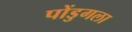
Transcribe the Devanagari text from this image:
पोंडुगला